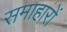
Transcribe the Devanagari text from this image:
समाहारों